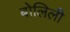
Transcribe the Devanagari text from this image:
बोलिली